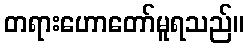
တရားဟောတော်မူရသည်။